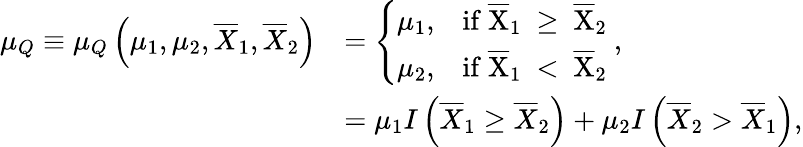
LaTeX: \begin{array}{rl}{\mu_{Q}\equiv\mu_{Q}\left(\mu_{1},\mu_{2},\overline{{X}}_{1},\overline{{X}}_{2}\right)}&{=\left\{ \begin{array}{ll}{\mu_{1},}&{\mathrm{if~\overline{{X}}_1~\geq~\overline{{X}}_2~}}\\ {\mu_{2},}&{\mathrm{if~\overline{{X}}_1~<~\overline{{X}}_2~}}\end{array}\right.,}\\ &{=\mu_{1}I\left(\overline{{X}}_{1}\geq\overline{{X}}_{2}\right)+\mu_{2}I\left(\overline{{X}}_{2}>\overline{{X}}_{1}\right),}\end{array}